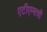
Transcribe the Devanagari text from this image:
एटीएम्सची